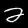
Digit: 2